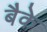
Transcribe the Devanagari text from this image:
बैके